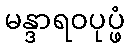
မန္ဒာရဝပုပ္ဖံ